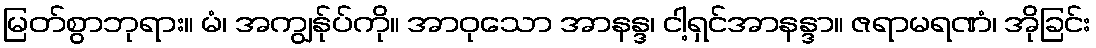
မြတ်စွာဘုရား။ မံ၊ အကျွန်ုပ်ကို။ အာဝုသော အာနန္ဒ၊ ငါ့ရှင်အာနန္ဒာ။ ဇရာမရဏံ၊ အိုခြင်း